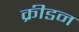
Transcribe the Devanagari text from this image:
क्रीडन